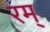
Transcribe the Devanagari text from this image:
रम्